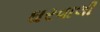
ઘરવાલી